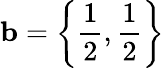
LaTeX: {\mathbf b}=\left\{ \frac{1}{2},\frac{1}{2}\right\}